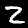
Digit: 2